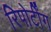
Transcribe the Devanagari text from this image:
रिपोर्टींग